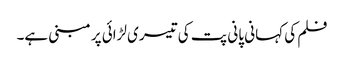
فلم کی کہانی پانی پت کی تیسری لڑائی پر مبنی ہے۔